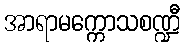
အာရာမက္ကောသစဏ္ဍီ